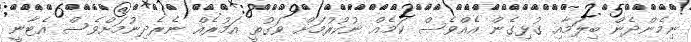
ނިމެންދެން ބިލަމާއި ގުޅިގެން އެއްވެސް ކަމެއް ނުކުރުމަށް ވަގުތީ އަމުރެއް ނެރެދިނުމަށްވެސް އެޓާނީ